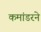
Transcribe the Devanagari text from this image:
कमांडरने